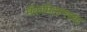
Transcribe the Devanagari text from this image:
मॅकमिलनच्या